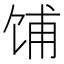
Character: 𫗦